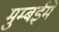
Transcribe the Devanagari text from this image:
मुम्बईमें